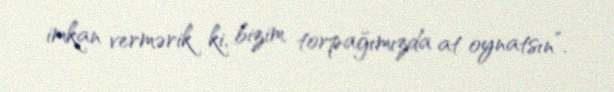
imkan vermərik ki, bizim torpağımızda at oynatsın”.